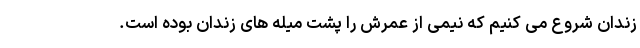
زندان شروع می کنیم که نیمی از عمرش را پشت میله های زندان بوده است.